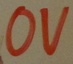
Text: 0V